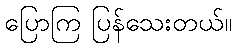
ပြောကြ ပြန်သေးတယ်။